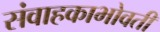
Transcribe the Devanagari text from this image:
संवाहकाभोवती